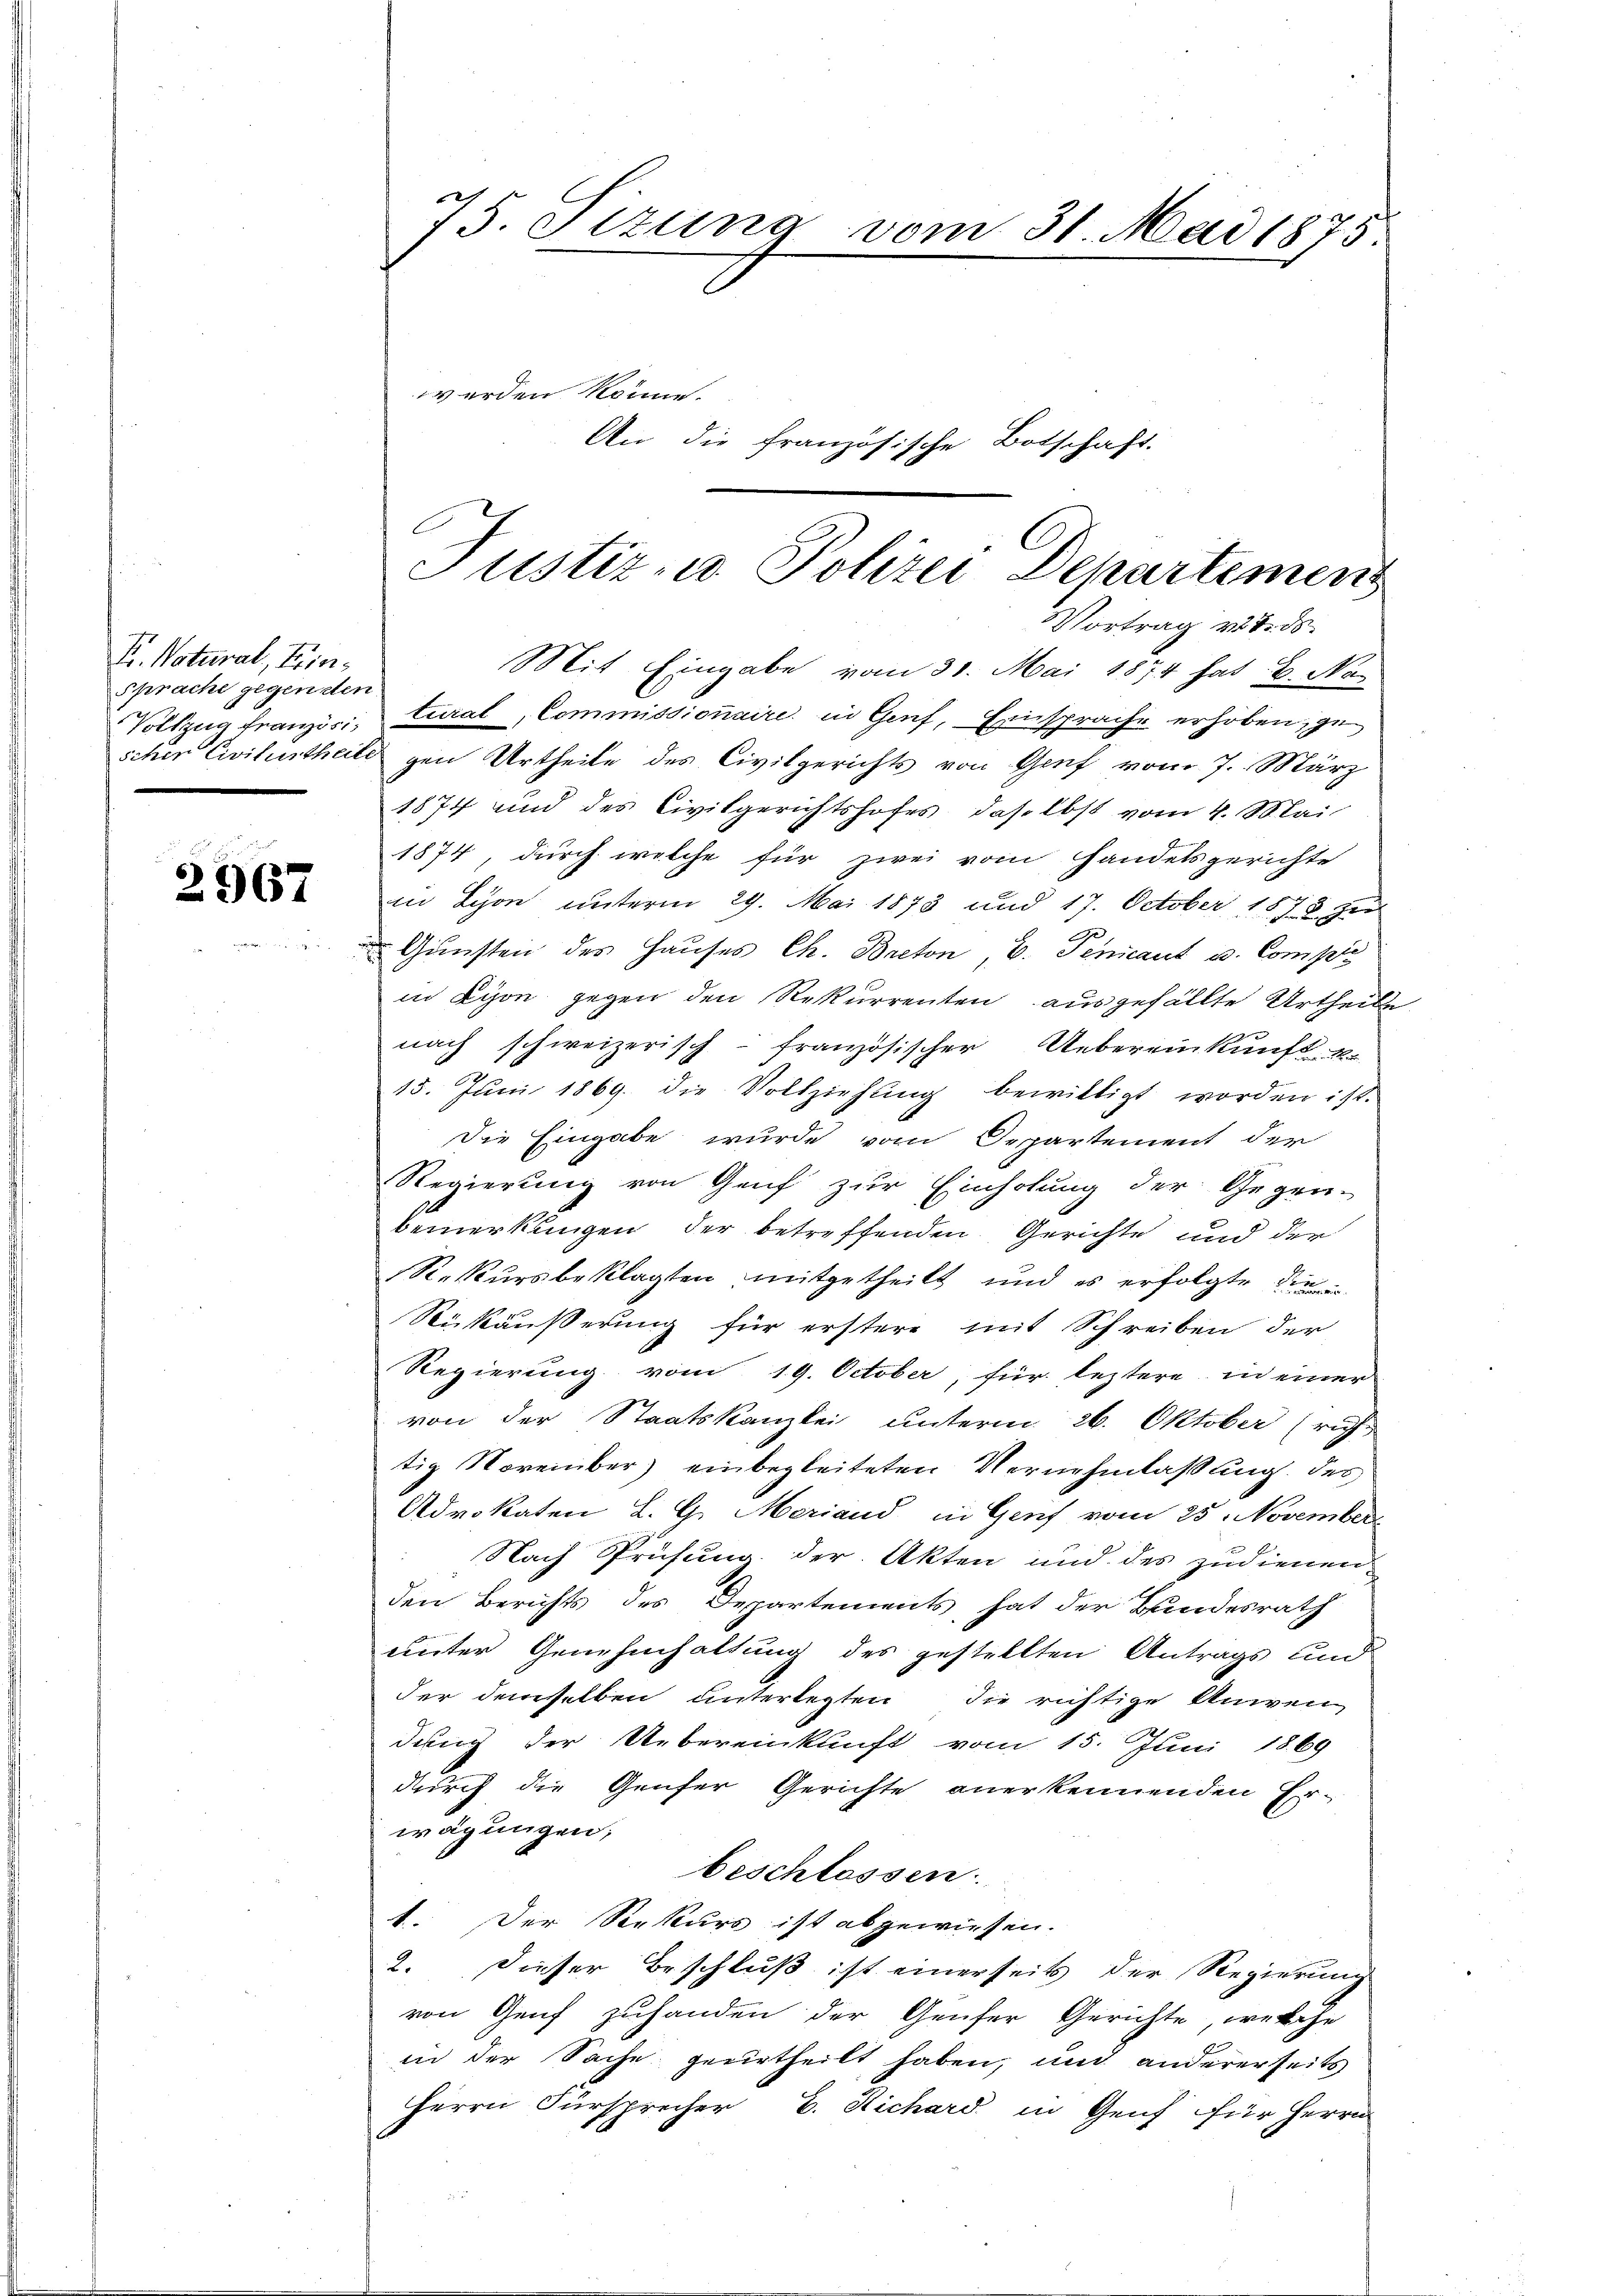
F. Natural, Ein¬
Sprache gegender
Vollzug Französischer Civilurtheil

2967

x
15. Szuna vom 31. Mai 1875
 erden könne.
An die französische Botschaft.

Mit Eingabe vom 31. Mai 1874 hat B. Nac
tural-Commissionaire in Genf, Einsprache erhoben, gegen Urtheile des Civilgerichts von Genf vom 7. März
1874 und des Civilgerichtshofes, daselbst vom 4. Mai
1874, durch welche für zwei vom Handelsgerichte
in Schon unterm 29. Mai 1873 und 17. October 1873 zu
Gunsten des Hauses Ch. Breton, V. Penicant u. Comp
in Lyon gegen den Rekurrenten ausgefällte Urtheile-
nach schweizerisch-französischer Uebereinkunft k
15. Jŭni 1869. die Vollziehŭng bewilligt worden ist.
Die Eingabe wurde vom Departement der
Regierung von Genf zur Einholung der Gegen-
bemerkungen der betreffenden Gerichte und der
Rekursbeklagten mitgetheilt und es erfolgte die¬
Rükäußerung für erstere mit Schreiben der
Regierung vom 19. October, für leztere in einer
von der Staatskanzlei unterm 26. Oktober (ri
tig November) einbegleiteten Vernehmlassung des
Advokaten L. G. Meriand in Genf vom 25. November
Nach Prüfung der Akten und des zudienen
den Berichts des Departements hat der Bundesrath
unter Genehmhaltung des gestellten Antrags und
der demselben unterlegten die richtige Anwen
dung der Uebereinkunft vom 15. Juni 1869
durch die Genfer Gerichte anerkennenden Er-
wägungen;
beschlossen.
1. Der Rekurs ist abgewiesen.
2. Dieser Beschluß ist einerseits der Regierung
von Genf zuhanden der Genfer Gerichte, welche
in der Sache geurtheilt haben, und andererseits
Herrn Fürsprecher B. Richard in Genf für Herrn

C
Justiz - Polizei Departemen
Vortrag v. 4. ds.